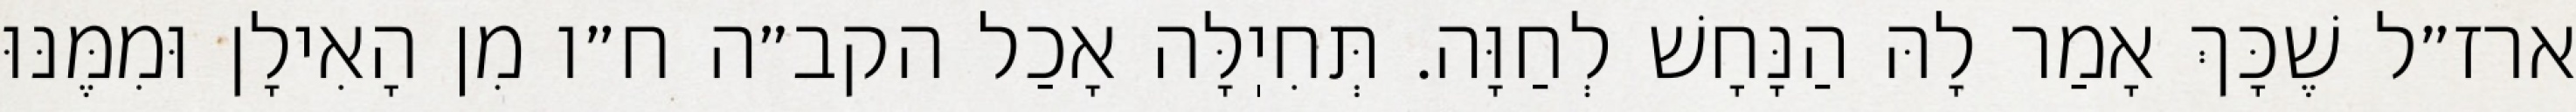
ארז״ל שֶׁכָּךְ אָמַר לָהּ הַנָּחָשׁ לְחַוָּה. תְּחִיֽלָּה אָכַל הקב״ה ח״ו מִן הָאִילָן וּמִמֶּנּוּ